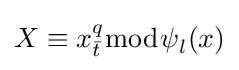
X\equiv x_{\bar {t}}^{q}{\bmod {\psi }}_{l}(x)